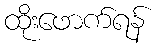
ထိုးဖောက်ရန်